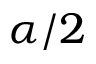
\alpha / 2